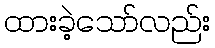
ထားခဲ့သော်လည်း